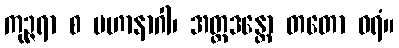
ကုဉ္ဇရာ စ မဟာနာဂါ၊ အတ္တဒန္တော တတော ဝရံ။